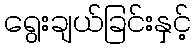
ရွေးချယ်ခြင်းနှင့်